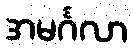
အမင်္ဂလာ